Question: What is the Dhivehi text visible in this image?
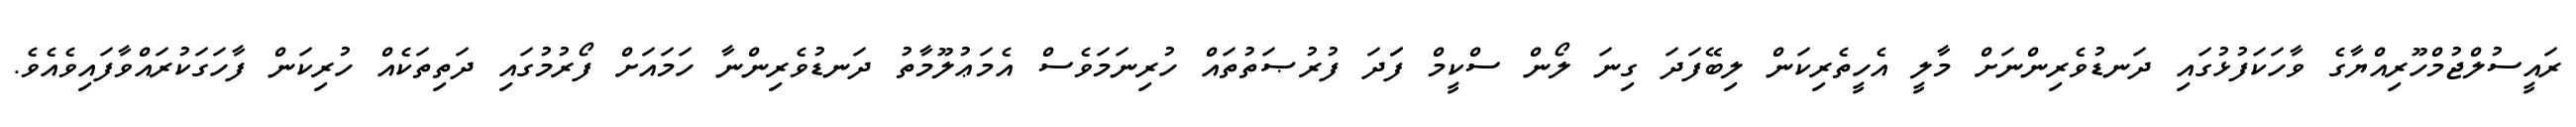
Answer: ރައީސުލްޖުމްހޫރިއްޔާގެ ވާހަކަފުޅުގައި ދަނޑުވެރިންނަށް މާލީ އެހީތެރިކަން ލިބޭފަދަ ގިނަ ލޯން ސްކީމް ފަަދަ ފުރުޞަތުތައް ހުރިނަމަވެސް އެމަޢުލޫމާތު ދަނޑުވެރިންނާ ހަމައަށް ފޯރުމުގައި ދަތިތަކެއް ހުރިކަން ފާހަގަކުރައްވާފައިވެއެވެ.